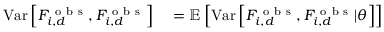
\begin{array} { r l } { \mathrm { V a r } \left[ F _ { i , d } ^ { \mathrm { ~ o ~ b ~ s ~ } } , F _ { i , d } ^ { \mathrm { ~ o ~ b ~ s ~ } } \right] } & { { } = \mathbb { E } \left[ \mathrm { V a r } \left[ F _ { i , d } ^ { \mathrm { ~ o ~ b ~ s ~ } } , F _ { i , d } ^ { \mathrm { ~ o ~ b ~ s ~ } } | \theta \right] \right] } \end{array}